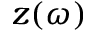
z ( \omega )